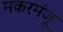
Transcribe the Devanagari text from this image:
मकरमंजू